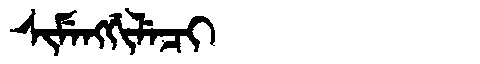
Manchu: ᠰᡳᠮᡝᠩᡤᡳᠯᡝᠴᡳ
Romanization: SIMENGGILECI